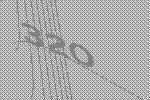
320